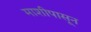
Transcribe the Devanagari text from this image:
माशीपासून